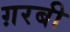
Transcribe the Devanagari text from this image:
ग़रबी